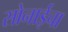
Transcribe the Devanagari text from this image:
सोनाईचा